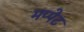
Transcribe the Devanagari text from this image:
मप्पेट